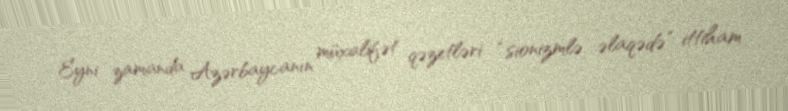
Eyni zamanda Azərbaycanın müxalifət qəzetləri “sionizmlə əlaqədə” ittiham